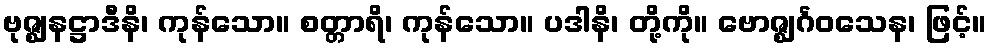
ဗုဇ္ဈနဋ္ဌာဒီနိ၊ ကုန်သော။ စတ္တာရိ၊ ကုန်သော။ ပဒါနိ၊ တို့ကို။ ဗောဇ္ဈင်္ဂဝသေန၊ ဖြင့်။